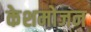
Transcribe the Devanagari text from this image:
केशमोजन